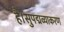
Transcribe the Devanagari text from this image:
है।सुपद्मव्याकरण